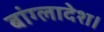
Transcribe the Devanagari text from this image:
बांग्‍लादेश।